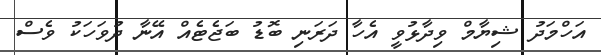
އަހްމަދު ޝިޔާމް ވިދާޅުވީ އެހާ ދަރަނި ބޮޑު ބަޖެޓެއް އޭނާ ދުވަހަކު ވެސް